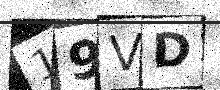
Text: 19VD